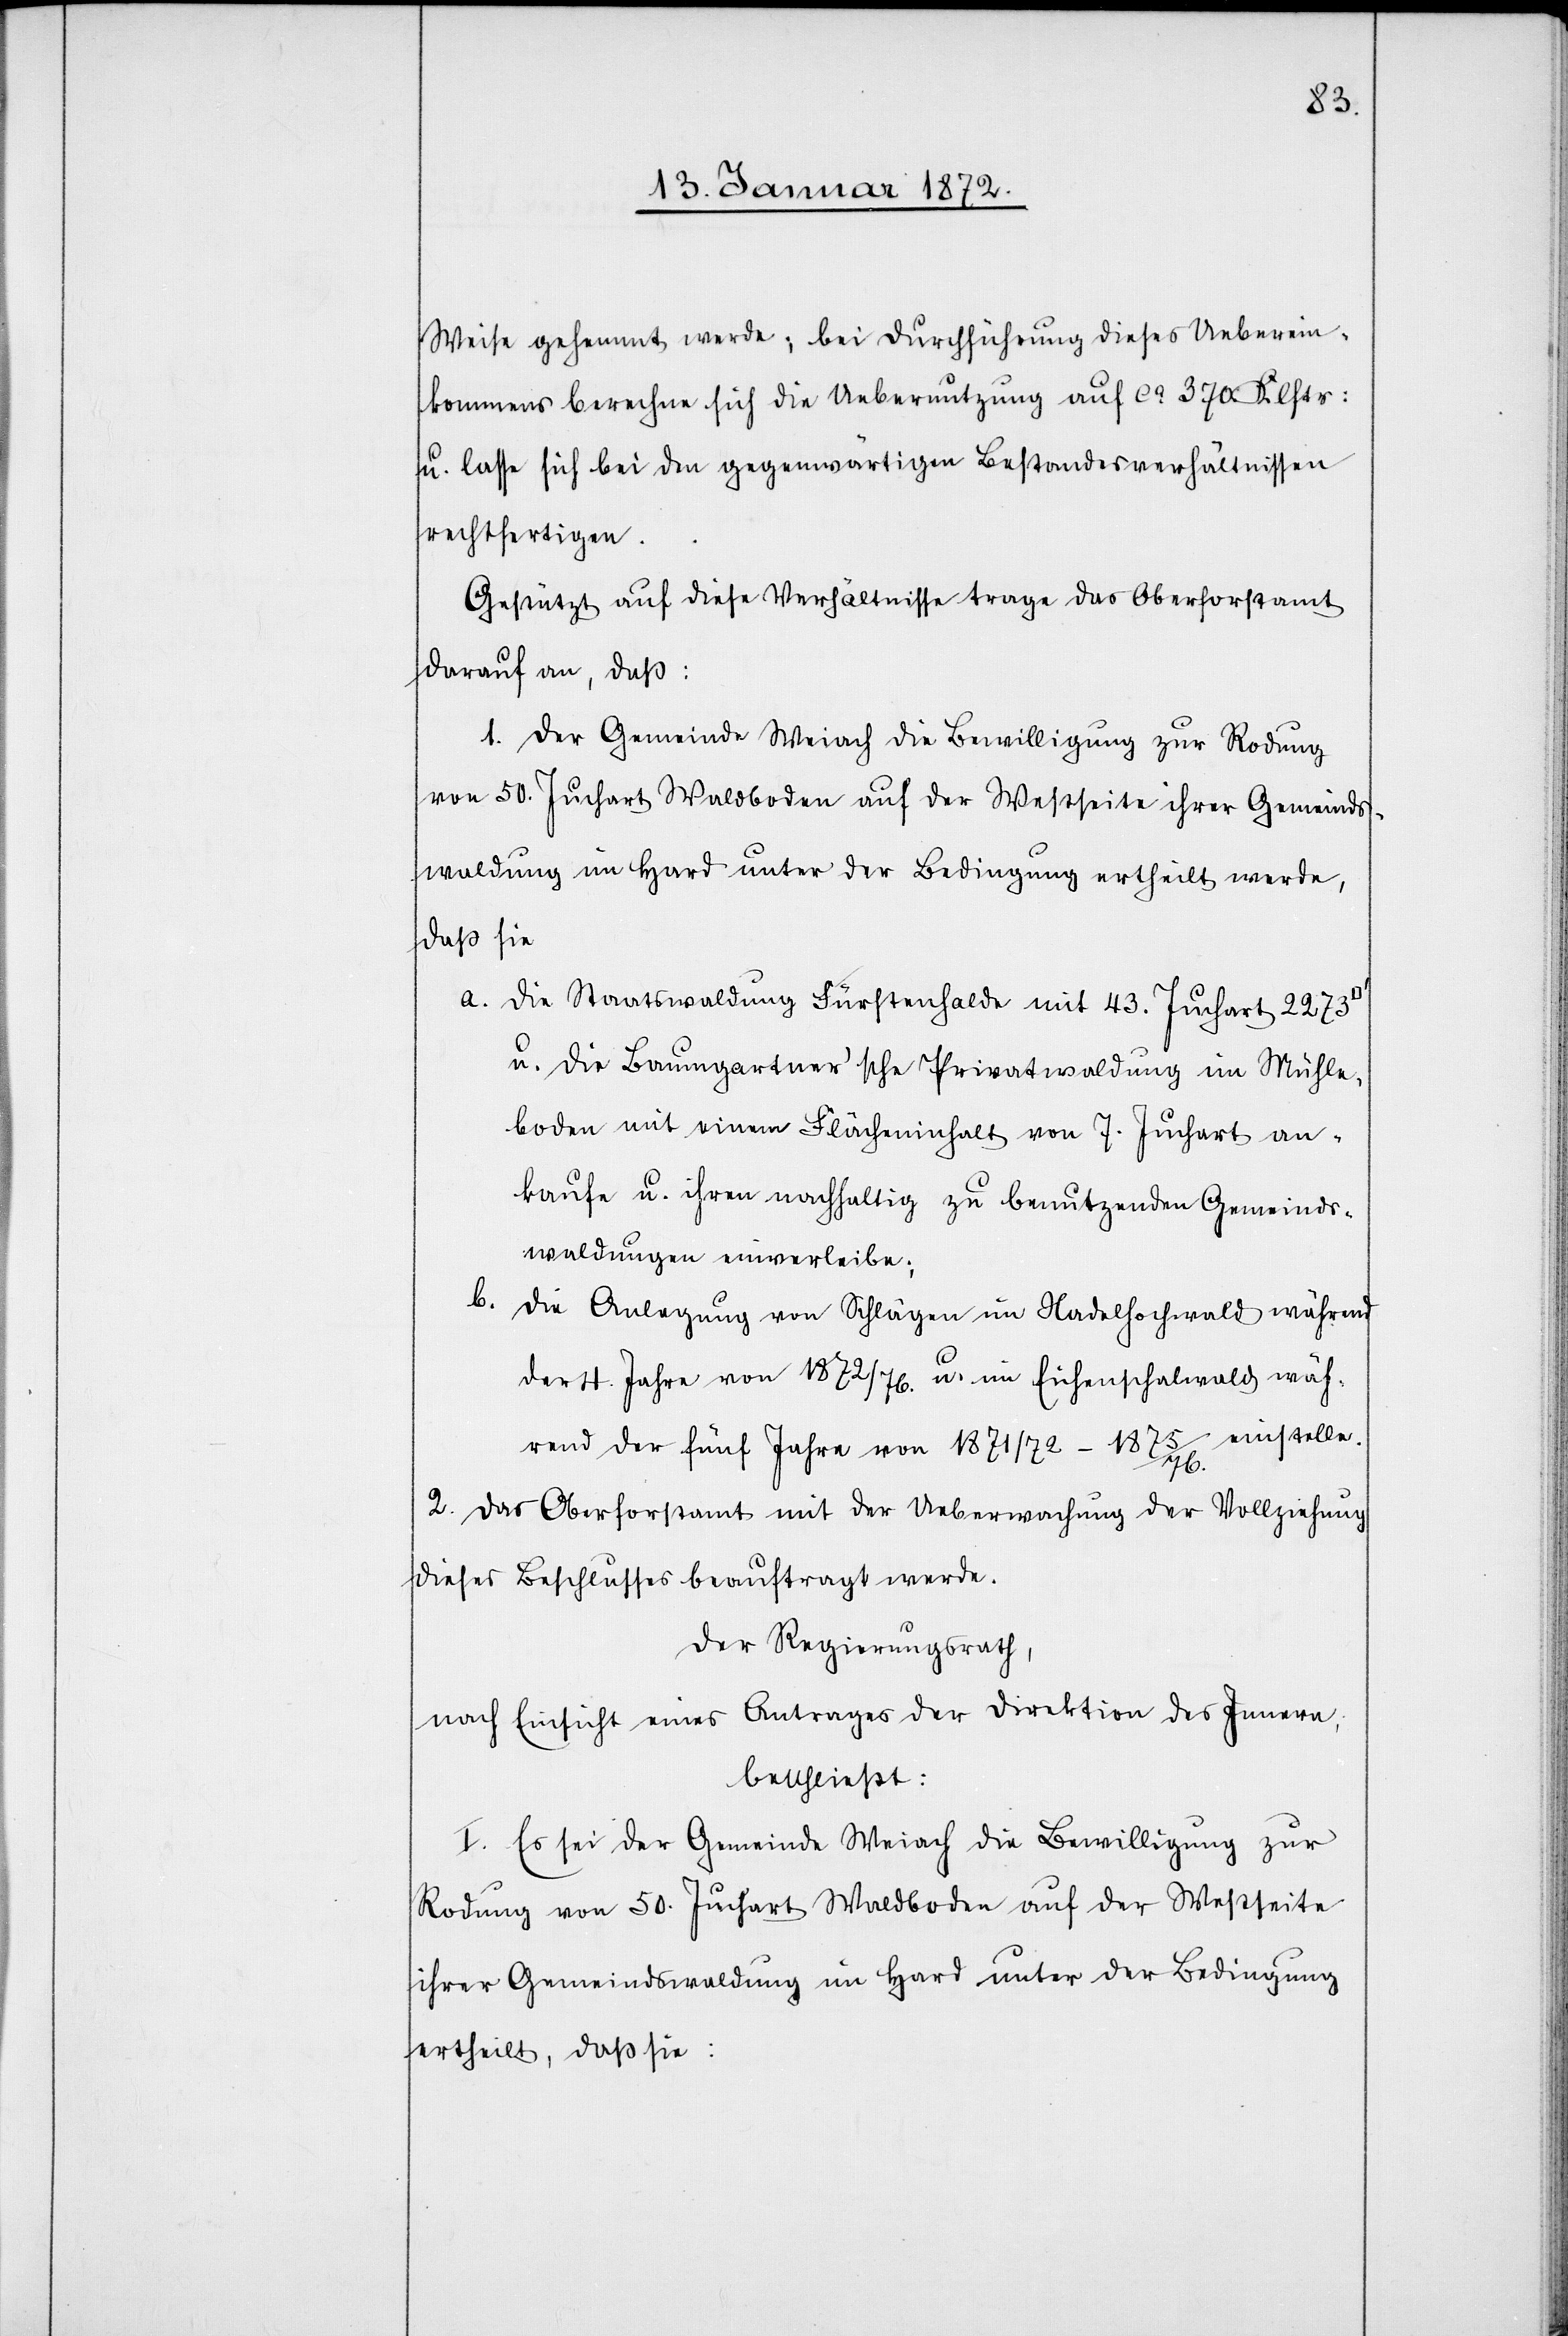
Weise gehemmt werde; bei Durchführung dieses Ueberein¬
kommens berechne sich die Uebernutzung auf ca. 370 Klftr:
u. lasse sich bei den gegenwärtigen Bestandesverhältnissen
rechtfertigen.
Gestützt auf diese Verhältnisse trage das Oberforstamt
darauf an, daß:
1. der Gemeinde Weiach die Bewilligung zur Rodung
von 50. Juchart Waldboden auf der Westseite ihrer Gemeinds¬
waldung im Hard unter der Bedingung ertheilt werde,
daß sie
a. die Staatswaldung Fürstenhalde mit 43. Juchart 2273
u. die Baumgartner'sche Privatwaldung im Mühle¬
boden mit einem Flächeninhalt von 7. Juchart an¬
kaufe u. ihren nachhaltig zu benutzenden Gemeinds¬
waldungen einverleibe;
b. die Anlegung von Schlägen im Nadelhochwald während
der 4. Jahre von 1872/76. u. im Eichenschalwald wäh¬
rend der fünf Jahre von 1871/72–1875/76. einstelle.
2. das Oberforstamt mit der Ueberwachung der Vollziehung
dieses Beschlusses beauftragt werde.
Der Regierungsrath,
nach Einsicht eines Antrages der Direktion des Innern,
beschließt:
I. Es sei der Gemeinde Weiach die Bewilligung zur
Rodung von 50. Juchart Waldboden auf der Westseite
ihrer Gemeindswaldung im Hard unter der Bedingung
ertheilt, daß sie: